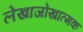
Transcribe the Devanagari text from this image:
लेखाजोखात्मक